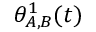
\theta _ { A , B } ^ { 1 } ( t )